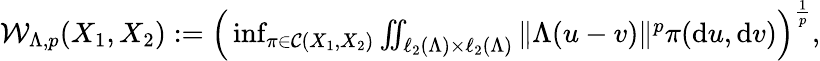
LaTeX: \begin{array}{r}{\mathcal{W}_{\Lambda,p}(X_{1},X_{2}):=\Big(\operatorname*{inf}_{\pi\in\mathcal{C}(X_{1},X_{2})}\iint_{\ell_{2}(\Lambda)\times\ell_{2}(\Lambda)}\| \Lambda(u-v)\| ^{p}\pi(\mathrm{d}u,\mathrm{d}v)\Big)^{\frac{1}{p}},}\end{array}